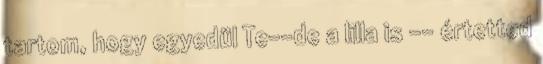
tartom, hogy egyedül Te--de a lilla is -- értetted